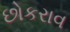
છોકરાવ